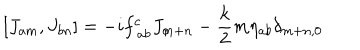
[ J _ { a m } , J _ { b n } ] = - i f _ { ~ a b } ^ { c } J _ { c \hspace { . 2 m m } m + n } - \frac { k } { 2 } m \eta _ { a b } \delta _ { m + n , 0 }